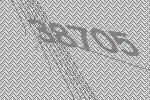
38705